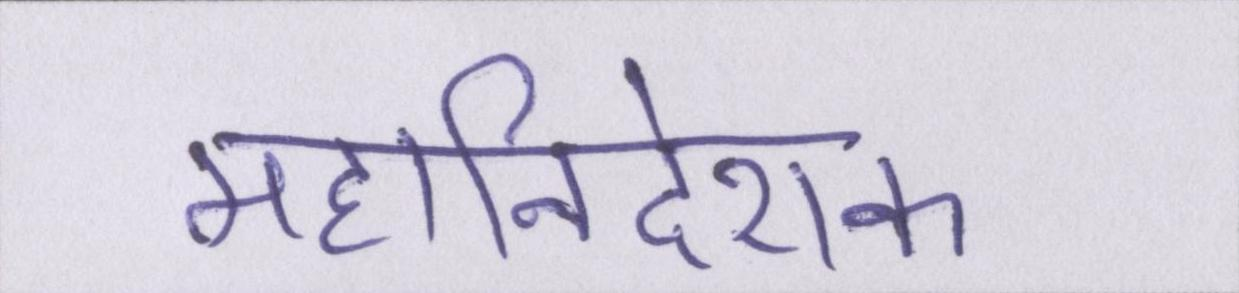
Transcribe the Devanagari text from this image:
महानिदेशक